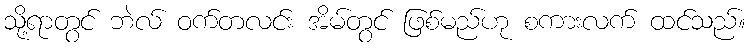
သို့ရာတွင် ဘဲလ် ဝက်တလင်း အိမ်တွင် ဖြစ်မည်ဟု စကားလက် ထင်သည်။